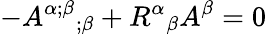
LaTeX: -{A^{\alpha;\beta}}_{;\beta}+{R^{\alpha}}_{\beta}A^{\beta}=0